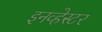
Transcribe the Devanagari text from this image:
इनव्हेस्टर